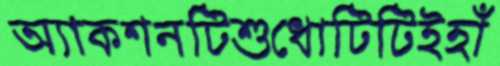
অ্যাকশনটিশুধোটিটিইহাঁ